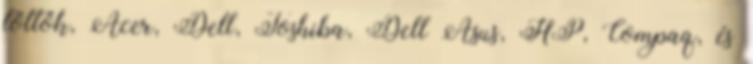
töltők, Acer, Dell, Toshiba, Dell Asus, HP, Compaq, és